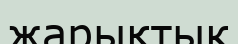
жарықтык